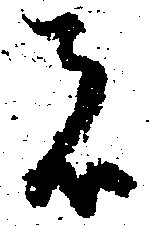
者